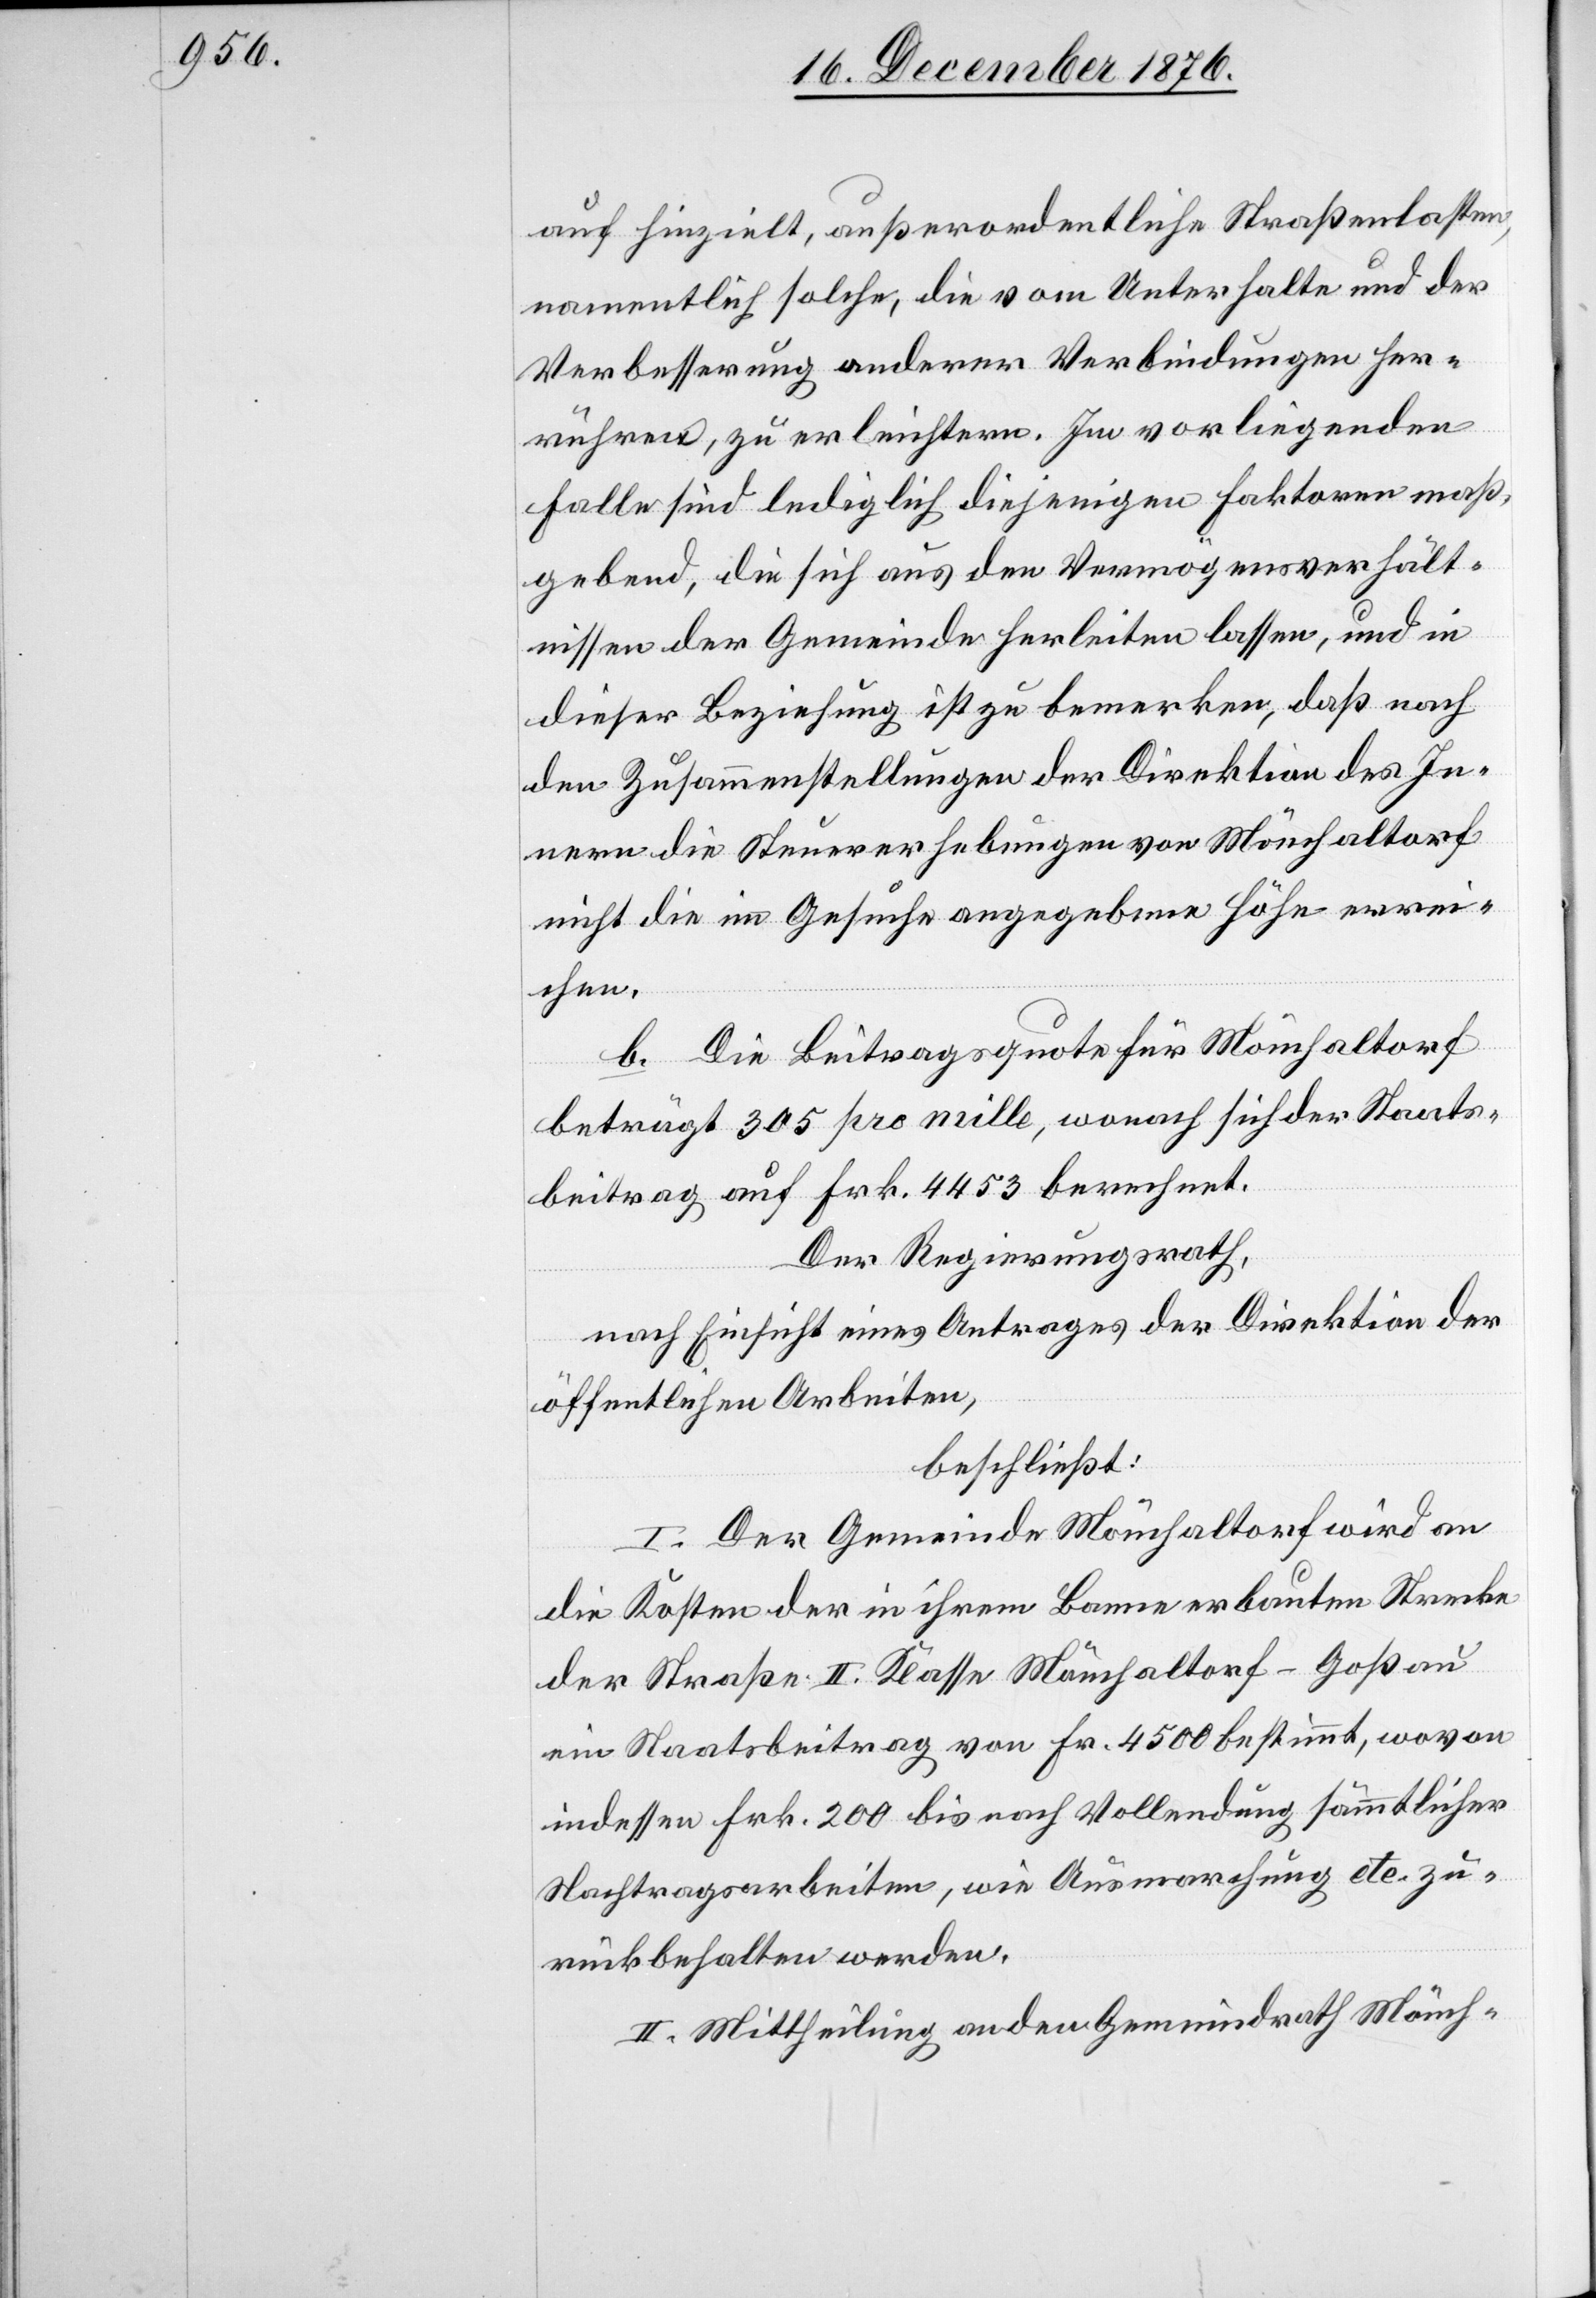
auf hinzielt, außerordentliche Straßenlasten,
namentlich solche, die vom Unterhalte und der
Verbesserung anderer Verbindungen her¬
rühren, zu erleichtern. Im vorliegenden
Falle sind lediglich diejenigen Faktoren maß¬
gebend, die sich aus den Vermögensverhält¬
nissen der Gemeinde herleiten lassen, und in
dieser Beziehung ist zu bemerken, daß nach
den Zusammenstellungen der Direktion des In¬
nern die Steuererhebungen von Mönchaltorf
nicht die im Gesuche angegebene Höhe errei¬
chen.
b. Die Beitragsquote für Mönchaltorf
beträgt 305 pro mille, wonach sich der Staats¬
beitrag auf Frk. 4453 berechnet.
Der Regierungsrath,
nach Einsicht eines Antrages der Direktion der
öffentlichen Arbeiten,
beschließt:
I. Der Gemeinde Mönchaltorf wird an
die Kosten der in ihrem Banne erbauten Strecke
der Straße II. Klasse Mönchaltorf–Goßau
ein Staatsbeitrag von Fr. 4500 bestimmt, wovon
indessen Frk. 200 bis nach Vollendung sämmtlicher
Nachtragsarbeiten, wie Ausmarchung etc. zu¬
rückbehalten werden.
II. Mittheilung an den Gemeindrath Mönch-